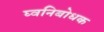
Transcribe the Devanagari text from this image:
घ्वनिबोधक